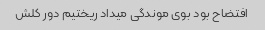
افتضاح بود بوی موندگی میداد ریختیم دور کلش